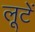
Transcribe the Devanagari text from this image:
लूटें